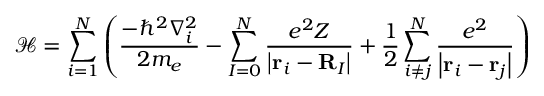
{ \mathcal { H } } = \sum _ { i = 1 } ^ { N } \left( { \frac { - \hbar ^ { 2 } \nabla _ { i } ^ { 2 } } { 2 m _ { e } } } - \sum _ { I = 0 } ^ { N } { \frac { e ^ { 2 } Z } { \left| \mathbf { r } _ { i } - \mathbf { R } _ { I } \right| } } + { \frac { 1 } { 2 } } \sum _ { i \neq j } ^ { N } { \frac { e ^ { 2 } } { \left| \mathbf { r } _ { i } - \mathbf { r } _ { j } \right| } } \right)